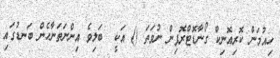
ހިއުމަން ކޮރިއޮނިކް ގޯނާޑޮޓްރޮޕިން ނުވަތަ () އަކީ  ބަލިވެ އިންނަތަނާހެން ބަނޑުގައި